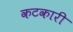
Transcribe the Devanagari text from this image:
कटकारी